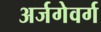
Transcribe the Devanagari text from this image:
अर्जगेवर्ग